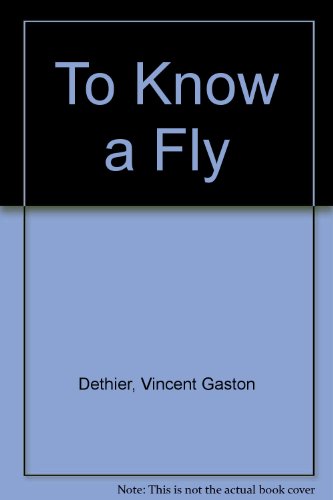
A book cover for To Know a Fly; Vincent Gaston Dethier; Humor & Entertainment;